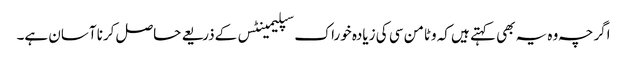
اگرچہ وہ یہ بھی کہتے ہیں کہ وٹامن سی کی زیادہ خوراک سپلیمینٹس کے‌ذریعے حاصل کرنا آسان ہے۔